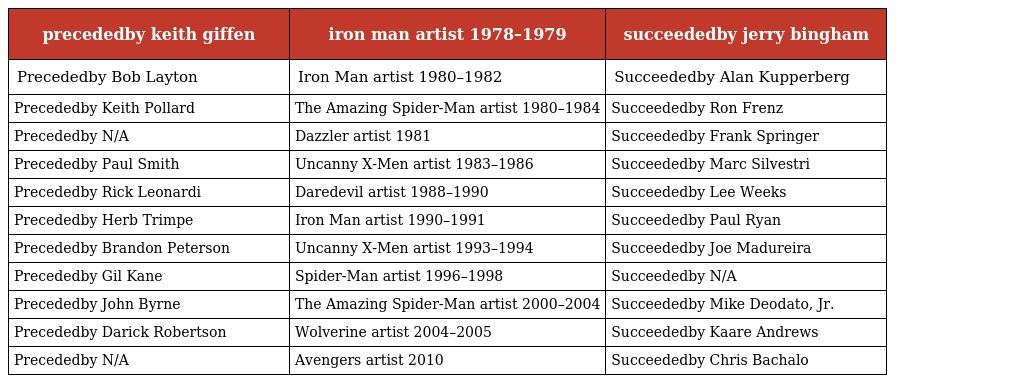
| precededby keith giffen | iron man artist 1978–1979 | succeededby jerry bingham |
 | --- | --- | --- |
 | Precededby Bob Layton | Iron Man artist 1980–1982 | Succeededby Alan Kupperberg |
 | Precededby Keith Pollard | The Amazing Spider-Man artist 1980–1984 | Succeededby Ron Frenz |
 | Precededby N/A | Dazzler artist 1981 | Succeededby Frank Springer |
 | Precededby Paul Smith | Uncanny X-Men artist 1983–1986 | Succeededby Marc Silvestri |
 | Precededby Rick Leonardi | Daredevil artist 1988–1990 | Succeededby Lee Weeks |
 | Precededby Herb Trimpe | Iron Man artist 1990–1991 | Succeededby Paul Ryan |
 | Precededby Brandon Peterson | Uncanny X-Men artist 1993–1994 | Succeededby Joe Madureira |
 | Precededby Gil Kane | Spider-Man artist 1996–1998 | Succeededby N/A |
 | Precededby John Byrne | The Amazing Spider-Man artist 2000–2004 | Succeededby Mike Deodato, Jr. |
 | Precededby Darick Robertson | Wolverine artist 2004–2005 | Succeededby Kaare Andrews |
 | Precededby N/A | Avengers artist 2010 | Succeededby Chris Bachalo |